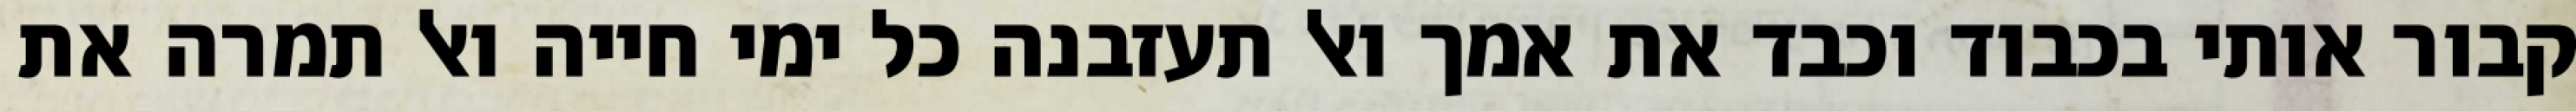
קבור אותי בכבוד וכבד את אמך ואל תעזבנה כל ימי חייה ואל תמרה את